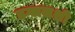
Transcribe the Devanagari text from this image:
डग्लसशी